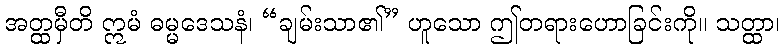
အတ္ထမှီတိ ဣမံ ဓမ္မဒေသနံ၊ “ချမ်းသာ၏” ဟူသော ဤတရားဟောခြင်းကို။ သတ္ထာ၊